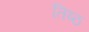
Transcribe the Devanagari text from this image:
तिष्ठ